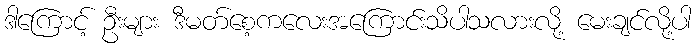
ဒါကြောင့် ဦးများ ဒီမတ်စေ့ကလေးအကြောင်းသိပါသလားလို့ မေးချင်လို့ပါ